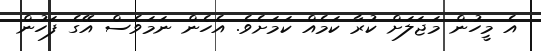
އެ މީހުން މަޖަލަށް ކުރާ ކަމެއް ކަމަށެވެ. އެހެން ނަމަވެސް އޭގެ ފަހުން